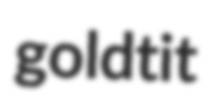
goldtit